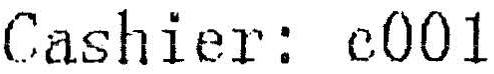
CASHIER: C001